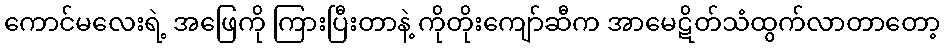
ကောင်မလေးရဲ့ အဖြေကို ကြားပြီးတာနဲ့ ကိုတိုးကျော်ဆီက အာမေဋိတ်သံထွက်လာတာတော့